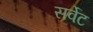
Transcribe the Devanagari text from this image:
सर्वेट